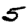
Digit: 5